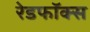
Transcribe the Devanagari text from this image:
रेडफॉक्स